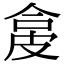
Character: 㿯